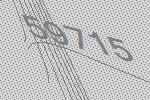
59715